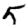
Digit: 5